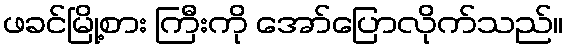
ဖခင်မြို့စား ကြီးကို အော်ပြောလိုက်သည်။